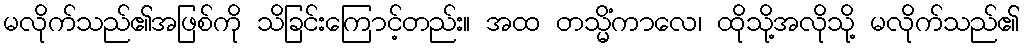
မလိုက်သည်၏အဖြစ်ကို သိခြင်းကြောင့်တည်း။ အထ တသ္မိံကာလေ၊ ထိုသို့အလိုသို့ မလိုက်သည်၏